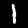
Label: 1